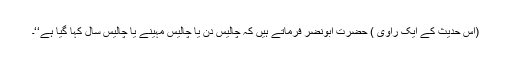
(اس حدیث کے ایک راوی ) حضرت ابونضر فرماتے ہیں کہ چالیس دن یا چالیس مہینے یا چالیس سال کہا گیا ہے‘‘۔